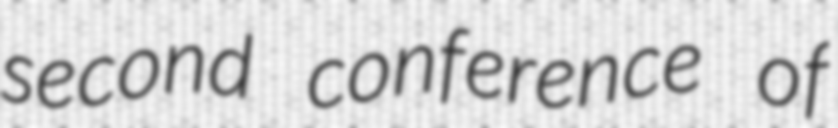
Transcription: second conference of